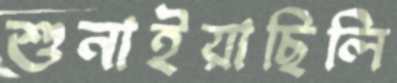
শুনাইয়াছিলি